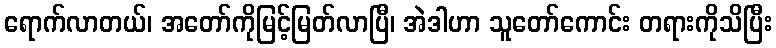
ရောက်လာတယ်၊ အတော်ကိုမြင့်မြတ်လာပြီ၊ အဲဒါဟာ သူတော်ကောင်း တရားကိုသိပြီး